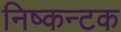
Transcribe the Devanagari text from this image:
निष्कन्टक